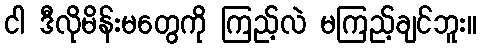
ငါ ဒီလိုမိန်းမတွေကို ကြည့်လဲ မကြည့်ချင်ဘူး။